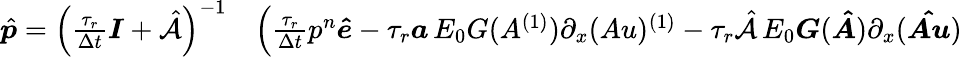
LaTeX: \begin{array}{rl}{\hat{\boldsymbol{p}}=\left(\frac{\tau_{r}}{\Delta t}\boldsymbol{I}+\hat{\mathcal{A}}\right)^{-1}}&{{}\Big(\frac{\tau_{r}}{\Delta t}p^{n}\boldsymbol{\hat{e}}-\tau_{r}\boldsymbol{a}\, E_{0}G(A^{(1)})\partial_{x}(Au)^{(1)}-\tau_{r}\hat{\mathcal{A}}\, E_{0}\boldsymbol{G}(\boldsymbol{\hat{A}})\partial_{x}(\boldsymbol{\hat{Au}})}\end{array}